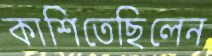
কাশিতেছিলেন